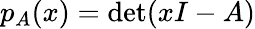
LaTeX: p_{A}(x)=\det(xI-A)